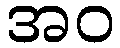
အဝ